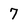
Character: 7